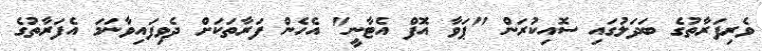
ވެރިފަރާތުގެ ބަދަލުގައި ސޮއިކުރަން "ޕަވާ އޮފް އެޓާނީ" އެހެން ފަރާތަކަށް ދެވިފައިވާނަމަ އެފަރާތުގެ